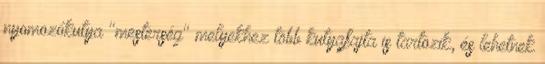
nyomozókutya "mesterség" melyekhez több kutyafajta is tartozik, és lehetnek